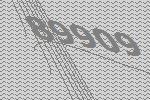
89909